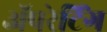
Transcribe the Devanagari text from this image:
ॲपरेटिंग